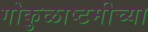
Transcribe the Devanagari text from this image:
गोकुळाष्टमीच्या